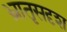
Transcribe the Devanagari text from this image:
भ्रातृसदृश